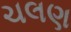
ચલણ